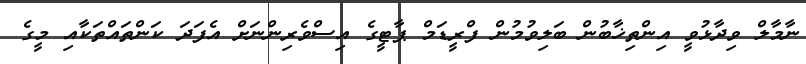
ނާމާލް ވިދާޅުވީ އިންތިޚާބުން ބަލިވުމުން ފްރީޑަމް ޕާޓީގެ އިސްވެރިންނަށް އެފަދަ ކަންތައްތަކާއި މީގެ